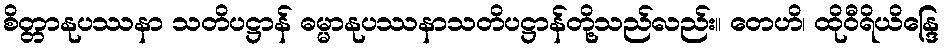
စိတ္တာနုပဿနာ သတိပဋ္ဌာန် ဓမ္မာနုပဿနာသတိပဋ္ဌာန်တို့သည်လည်း။ တေဟိ၊ ထိုဝီရိယိန္ဒြေ